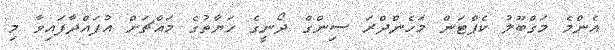
އެންމެ މަގްބޫލު ކެޕްޓަން މަހެންދްރަ ސިންގް ދޯނީގެ ހަޔާތުގެ މައްޗަށް އުފައްދާފައިވާ މި